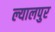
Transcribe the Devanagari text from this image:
ल्यालपुर